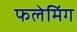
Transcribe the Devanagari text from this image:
फलेमिंग